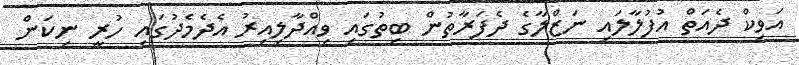
އަވިކް ދެއަތް އުފުލާލައި ނަޒްލާގެ ދެފަރާތުން ބިތުގައި ވިއްދާލިއިރު އެދެމެދުގައި ހުރީ ނިކަން